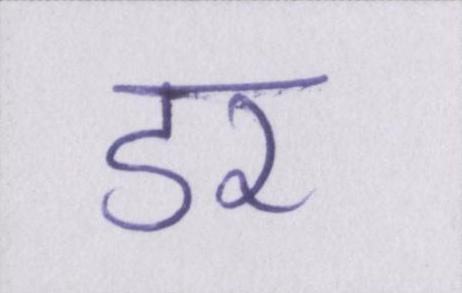
डर